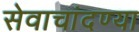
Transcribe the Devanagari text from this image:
सेवाचांदण्या